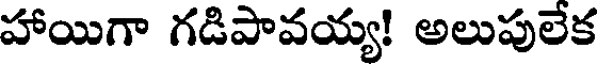
హాయిగా గడిపావయ్య! అలుపులేక